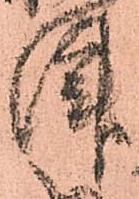
津